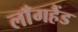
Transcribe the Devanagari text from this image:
लाँगहैंड